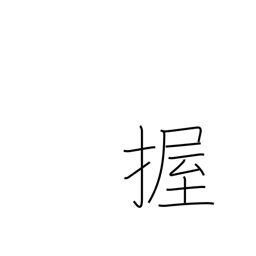
Meaning: grip